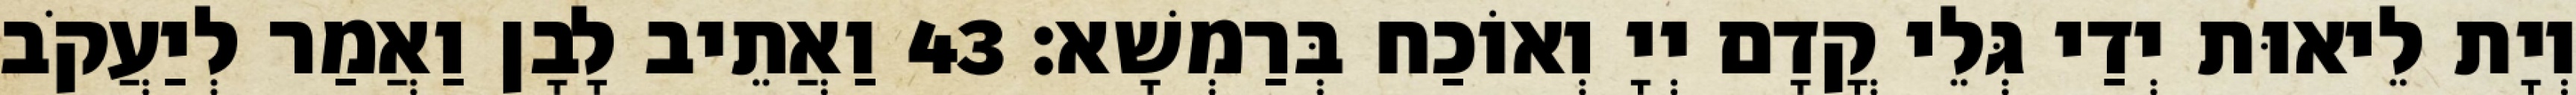
וְיָת לֵיאוּת יְדַי גְּלֵי קֳדָם יְיָ וְאוֹכַח בְּרַמְשָׁא׃ 43 וַאֲתֵיב לָבָן וַאֲמַר לְיַעֲקֹב